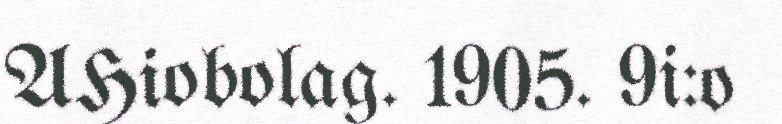
AHiobolag. 1905. 9i:o